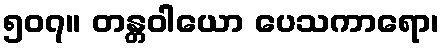
၅၀၇။ တန္တဝါယော ပေသကာရော၊